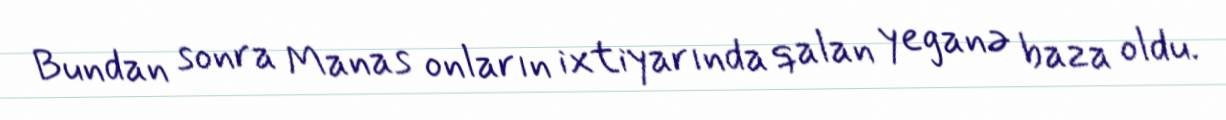
Bundan sonra Manas onların ixtiyarında qalan yeganə baza oldu.